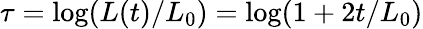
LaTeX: \tau=\log(L(t)/L_{0})=\log(1+2t/L_{0})